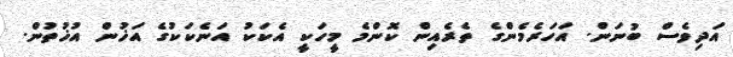
އަދިވެސް ބުނަން. އަހަރެމެންގެ ތެރެއިން ކޮންމެ މީހަކީ އެކަކު އަނެކަކުގެ އަޚުން އުޚުތުން.